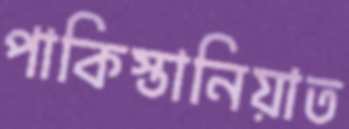
পাকিস্তানিয়াত